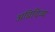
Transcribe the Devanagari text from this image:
अग्निदिव्य